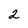
Character: 2